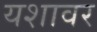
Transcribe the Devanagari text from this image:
यशावर